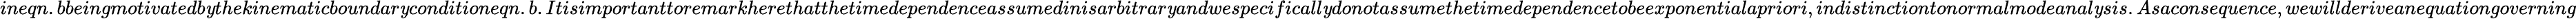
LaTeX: ineqn.bbeingmotivatedb\mathit{y}thekinematicboundar\mathit{y}conditioneqn.b.Itisimportanttoremarkherethatthetimedependenceassumedinisarbitrar\mathit{y}andwespecificall\mathit{y}\textit{{donot}}assumethetimedependencetobeexponentialapriori,indistinctiontonormalmodeanal\mathit{y}sis.Asaconsequence,wewill\textit{{deriveanequation}}governing